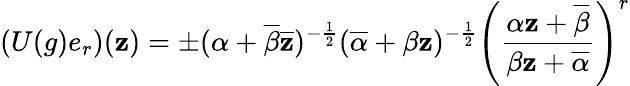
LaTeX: (U(g)e_{r})(\mathbf{z})=\pm(\alpha+\overline{{{{\beta}}}}\overline{{{{\mathbf{z}}}}})^{-\frac{{1}}{{2}}}(\overline{{{{\alpha}}}}+\beta\mathbf{z})^{-\frac{{1}}{{2}}}\left(\frac{{\alpha\mathbf{z}+\overline{{{{\beta}}}}}}{{\beta\mathbf{z}+\overline{{{{\alpha}}}}}}\right)^{r}